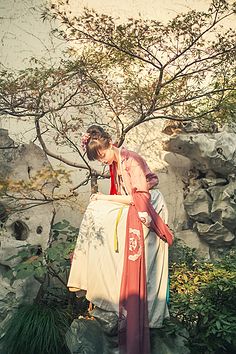
才过斜阳，又是黄昏雨。